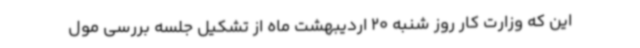
این که وزارت کار روز شنبه 20 اردیبهشت ماه از تشکیل جلسه بررسی مول